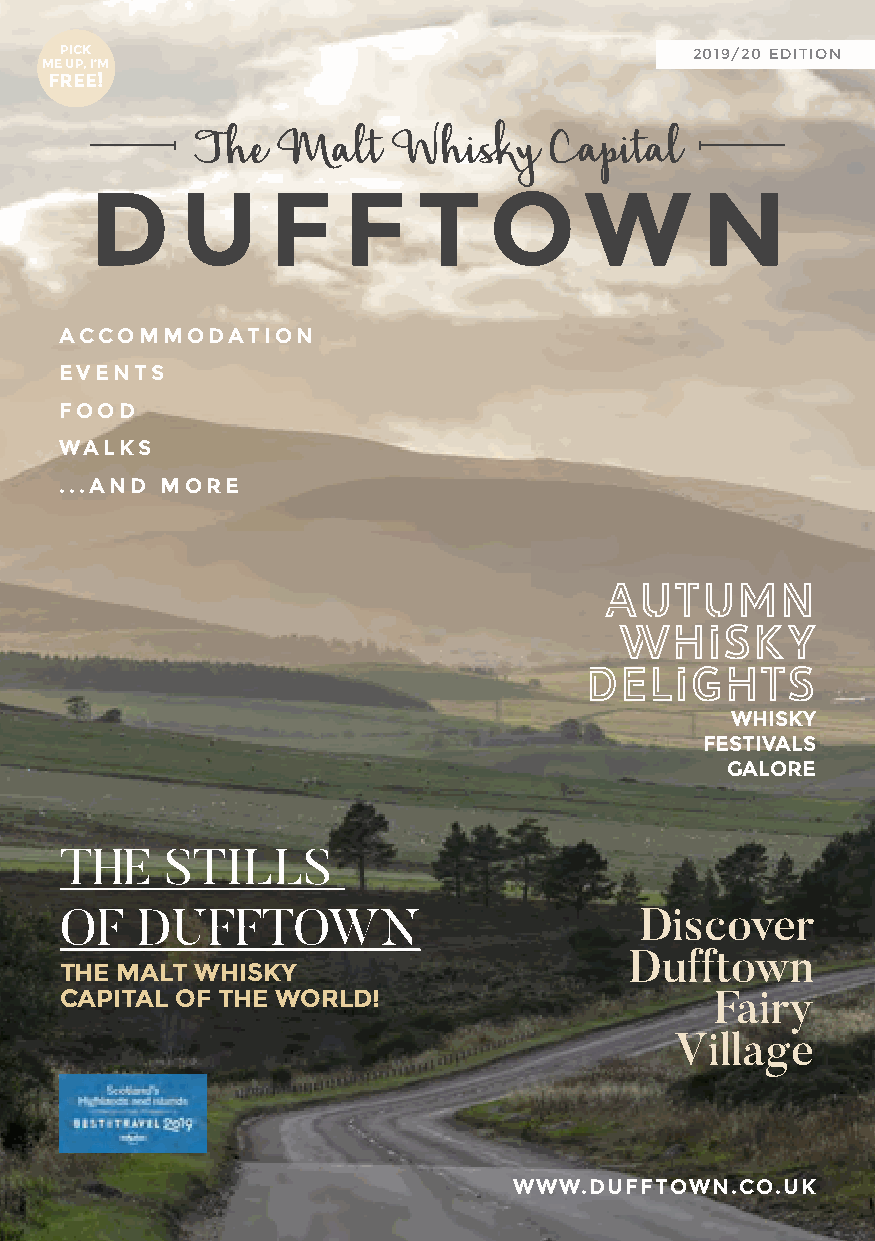
PICK                                      2019/20 EDITION
 ME UP, I’M
 FREE!
 The  Malt    Whisky    Capital
 D     U     F    F    T   O      W      N
 ACCOMMODATION
 EVENTS
 FOOD
 WALKS
 ...AND MORE
 Autumn
 Whisky
 Delights
 WHISKY
 FESTIVALS
 GALORE
 THE    STILLS
 OF   DUFFTOWN                         Discover
 Dufftown
 THE MALT WHISKY
 CAPITAL OF THE WORLD!                      Fairy
 Village
 WWW.DUFFTOWN.CO.UK